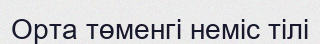
Орта төменгі неміс тілі